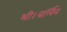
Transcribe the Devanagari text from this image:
थी।बर्लिन